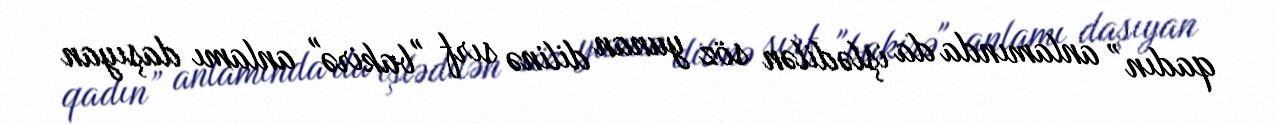
qadın” anlamında da işlədilən söz yunan dilinə sırf "bakirə" anlamı daşıyan